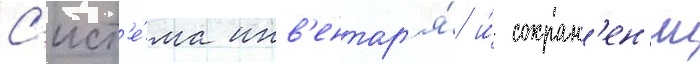
С'ист'е́ма инв'ентар'я́ и́ сохран'ен'ии